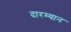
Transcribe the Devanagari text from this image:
दारम्यान